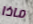
ماذا